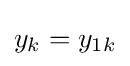
\textstyle y_{k}=y_{1k}